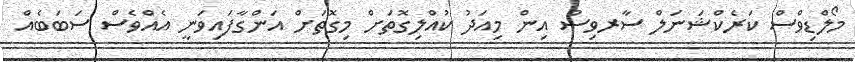
މޯލްޑިވްސް ކަރެކްޝަނަލް ސާރވިސް އިން މިއަދު ކުއްލިގޮތަށް މިގޮތަށް އަންގާފައިވަނީ އެއްވެސް ސަބަބެއް